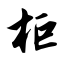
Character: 柜